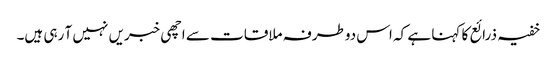
خفیہ ذرائع کا کہنا ہے کہ اس دوطرفہ ملاقات سے اچھی خبریں نہیں آ رہی ہیں۔